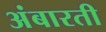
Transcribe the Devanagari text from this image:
अंबारती